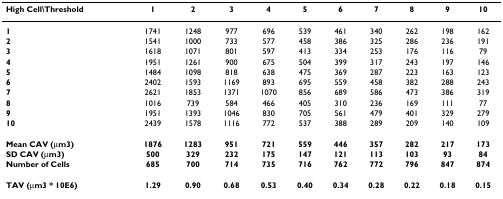
<table><thead><tr><td><b>High Cell\Threshold</b></td><td><b>1</b></td><td><b>2</b></td><td><b>3</b></td><td><b>4</b></td><td><b>5</b></td><td><b>6</b></td><td><b>7</b></td><td><b>8</b></td><td><b>9</b></td><td><b>10</b></td></tr></thead><tbody><tr><td><b>1</b></td><td>1741</td><td>1248</td><td>977</td><td>696</td><td>539</td><td>461</td><td>340</td><td>262</td><td>198</td><td>162</td></tr><tr><td><b>2</b></td><td>1541</td><td>1000</td><td>733</td><td>577</td><td>458</td><td>386</td><td>325</td><td>286</td><td>236</td><td>191</td></tr><tr><td><b>3</b></td><td>1618</td><td>1071</td><td>801</td><td>597</td><td>413</td><td>334</td><td>253</td><td>176</td><td>116</td><td>79</td></tr><tr><td><b>4</b></td><td>1951</td><td>1261</td><td>900</td><td>675</td><td>504</td><td>399</td><td>317</td><td>243</td><td>197</td><td>146</td></tr><tr><td><b>5</b></td><td>1484</td><td>1098</td><td>818</td><td>638</td><td>475</td><td>369</td><td>287</td><td>223</td><td>163</td><td>123</td></tr><tr><td><b>6</b></td><td>2402</td><td>1593</td><td>1169</td><td>893</td><td>695</td><td>559</td><td>458</td><td>382</td><td>288</td><td>243</td></tr><tr><td><b>7</b></td><td>2621</td><td>1853</td><td>1371</td><td>1070</td><td>856</td><td>689</td><td>586</td><td>473</td><td>386</td><td>319</td></tr><tr><td><b>8</b></td><td>1016</td><td>739</td><td>584</td><td>466</td><td>405</td><td>310</td><td>236</td><td>169</td><td>111</td><td>77</td></tr><tr><td><b>9</b></td><td>1951</td><td>1393</td><td>1046</td><td>830</td><td>705</td><td>561</td><td>479</td><td>401</td><td>329</td><td>279</td></tr><tr><td><b>10</b></td><td>2439</td><td>1578</td><td>1116</td><td>772</td><td>537</td><td>388</td><td>289</td><td>209</td><td>140</td><td>109</td></tr><tr><td><b>Mean CAV (μm3)</b></td><td><b>1876</b></td><td><b>1283</b></td><td><b>951</b></td><td><b>721</b></td><td><b>559</b></td><td><b>446</b></td><td><b>357</b></td><td><b>282</b></td><td><b>217</b></td><td><b>173</b></td></tr><tr><td><b>SD CAV (μm3)</b></td><td><b>500</b></td><td><b>329</b></td><td><b>232</b></td><td><b>175</b></td><td><b>147</b></td><td><b>121</b></td><td><b>113</b></td><td><b>103</b></td><td><b>93</b></td><td><b>84</b></td></tr><tr><td><b>Number of Cells</b></td><td><b>685</b></td><td><b>700</b></td><td><b>714</b></td><td><b>735</b></td><td><b>716</b></td><td><b>762</b></td><td><b>772</b></td><td><b>796</b></td><td><b>847</b></td><td><b>874</b></td></tr><tr><td><b>TAV (μm3 * 10E6)</b></td><td><b>1.29</b></td><td><b>0.90</b></td><td><b>0.68</b></td><td><b>0.53</b></td><td><b>0.40</b></td><td><b>0.34</b></td><td><b>0.28</b></td><td><b>0.22</b></td><td><b>0.18</b></td><td><b>0.15</b></td></tr></tbody></table>